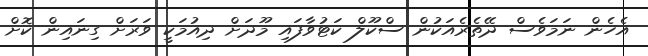
އެހެން ނަމަވެސް ދޭތެރެއަކުން ސްކޫލް ކަޓުވާފައި މޫދަށް ދިއުމަކީ ވަރަށް ގިނައިން ކޮށް